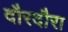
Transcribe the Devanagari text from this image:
दौरदौरा